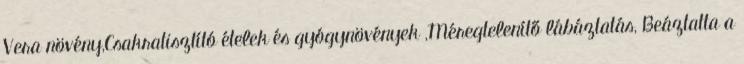
Vera növény,Csakratisztító ételek és gyógynövények ,Méregtelenítő lábáztatás, Beáztatta a